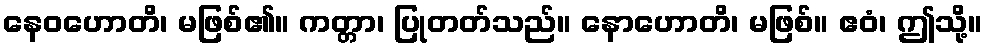
နေဝဟောတိ၊ မဖြစ်၏။ ကတ္တာ၊ ပြုတတ်သည်။ နောဟောတိ၊ မဖြစ်။ ဧဝံ၊ ဤသို့။